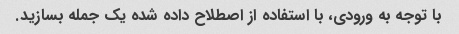
با توجه به ورودی، با استفاده از اصطلاح داده شده یک جمله بسازید.